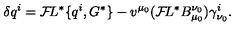
\delta q ^ { i } = { \cal F } \! L ^ { * } \{ q ^ { i } , G ^ { * } \} - v ^ { \mu _ { 0 } } ( { \cal F } \! L ^ { * } B _ { \mu _ { 0 } } ^ { \nu _ { 0 } } ) \gamma _ { \nu _ { 0 } } ^ { i } .